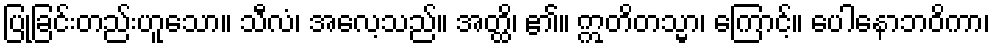
ပြုခြင်းတည်းဟူသော။ သီလံ၊ အလေ့သည်။ အတ္ထိ၊ ၏။ ဣတိတသ္မာ၊ ကြောင့်။ ပေါနောဘဝိကာ၊